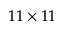
1 1 \times 1 1